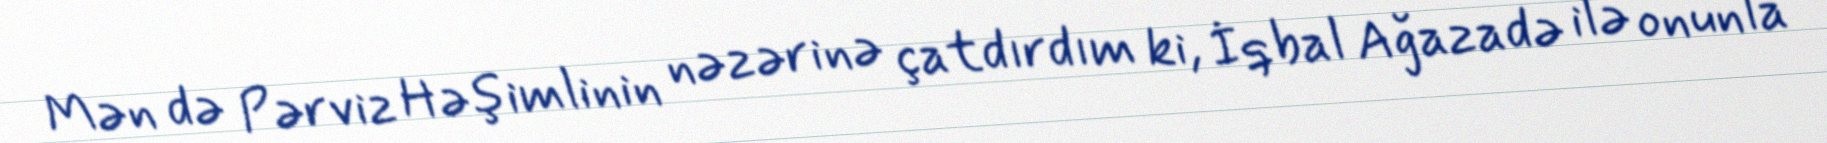
Mən də Pərviz Həşimlinin nəzərinə çatdırdım ki, İqbal Ağazadə ilə onunla